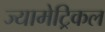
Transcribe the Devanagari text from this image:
ज्यामेट्रिकल